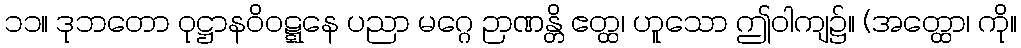
၁၁။ ဒုဘတော ဝုဋ္ဌာနဝိဝဋ္ဋနေ ပညာ မဂ္ဂေ ဉာဏန္တိ ဧတ္ထ၊ ဟူသော ဤဝါကျ၌။ (အတ္ထော၊ ကို။